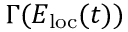
\Gamma ( E _ { \mathrm { l o c } } ( t ) )